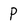
Character: p